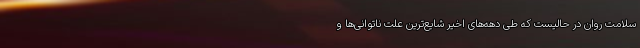
سلامت روان در حالیست که طی دهه‌های اخیر شایع‌ترین علت ناتوانی‌ها و